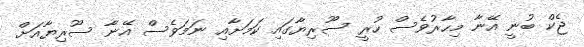
ޖެކް ބުނީ އޭނާ މިހާރުވެސް ހުރީ ސޫރިޔާގައި ކަމަށާއި ނަމަވެސް އޭނާ ސޫރިޔާއަށް